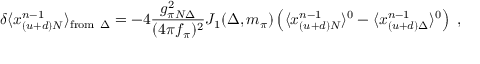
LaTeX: \delta \langle x _ { ( u + d ) N } ^ { n - 1 } \rangle _ { \mathrm { f r o m } ~ \Delta } = - 4 { \frac { g _ { \pi N \Delta } ^ { 2 } } { ( 4 \pi f _ { \pi } ) ^ { 2 } } } J _ { 1 } ( \Delta , m _ { \pi } ) \left( \langle x _ { ( u + d ) N } ^ { n - 1 } \rangle ^ { 0 } - \langle x _ { ( u + d ) \Delta } ^ { n - 1 } \rangle ^ { 0 } \right) \ ,